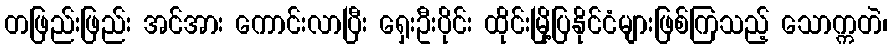
တဖြည်းဖြည်း အင်အား ကောင်းလာပြီး ရှေးဦးပိုင်း ထိုင်းမြို့ပြနိုင်ငံများဖြစ်ကြသည့် သောက္ကတဲ၊